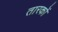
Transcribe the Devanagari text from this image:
तारकों